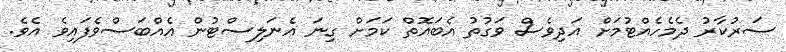
ސަރުކާރު ދެމެހެއްޓުމަށް އަދިވެސް ވަގުތު އެބައޮތް ކަމަށް ގިނަ އެނަލިސްޓުން އެއްބަސްވެފައިވެ އެވެ.